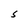
Character: S